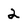
Character: 2